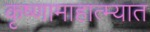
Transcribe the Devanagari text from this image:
कृष्णामाहात्म्यात